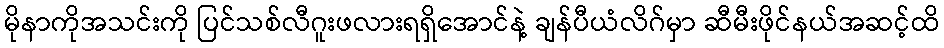
မိုနာကိုအသင်းကို ပြင်သစ်လီဂူးဖလားရရှိအောင်နဲ့ ချန်ပီယံလိဂ်မှာ ဆီမီးဖိုင်နယ်အဆင့်ထိ